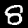
Digit: 8